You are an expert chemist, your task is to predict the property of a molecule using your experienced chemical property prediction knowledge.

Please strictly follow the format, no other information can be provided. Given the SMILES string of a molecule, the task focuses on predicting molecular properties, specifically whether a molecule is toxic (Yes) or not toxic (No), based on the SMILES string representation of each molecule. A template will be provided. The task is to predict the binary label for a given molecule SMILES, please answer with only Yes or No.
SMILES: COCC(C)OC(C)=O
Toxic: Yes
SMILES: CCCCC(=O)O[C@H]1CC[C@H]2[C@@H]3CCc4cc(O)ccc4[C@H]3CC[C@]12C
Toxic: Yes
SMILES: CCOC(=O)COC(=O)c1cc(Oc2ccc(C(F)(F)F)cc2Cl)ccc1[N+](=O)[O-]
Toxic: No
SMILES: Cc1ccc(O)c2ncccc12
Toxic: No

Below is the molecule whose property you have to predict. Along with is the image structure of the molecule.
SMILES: C=C(c1ccc(C(=O)O)cc1)c1cc2c(cc1C)C(C)(C)CCC2(C)C
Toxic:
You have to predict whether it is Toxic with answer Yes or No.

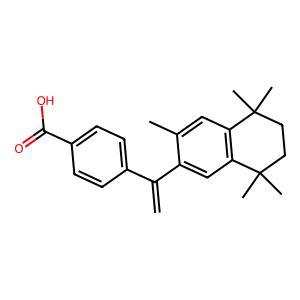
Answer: No